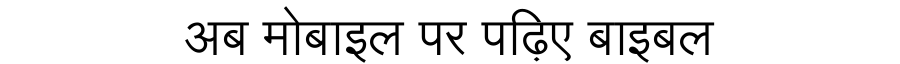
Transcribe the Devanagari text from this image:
अब मोबाइल पर पढ़िए बाइबल